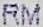
RM